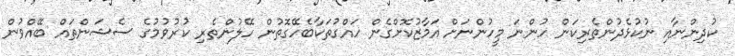
ކުދިންނާއި ނުކުޅެދުންތެރިކަން ހުންނަ މީހުންނަށް އަމާޒުކޮށްގެން ހައްގުތަކާބެހޭގޮތުން ހޭލުންތެރި ކުރުވުމުގެ ސެޝަންތައް ބޭއްވުން